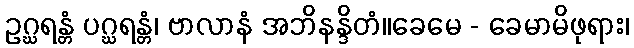
ဥဂ္ဃရန္တံ ပဂ္ဃရန္တံ၊ ဗာလာနံ အဘိနန္ဒိတံ။ခေမေ - ခေမာမိဖုရား၊